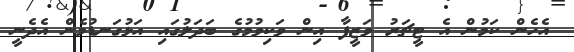
އެހެން ކަމުން އެ ޓީޗަރު ވަޒީފާ އިން ވަކިވުމުގެ ބަދަލުގައި އަޅުގަނޑުމެން އެދެނީ